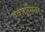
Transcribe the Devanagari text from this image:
एक्‍जामिनर